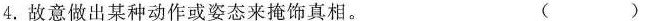
4.故意做出某种动作或姿态来掩饰真相。 ( )